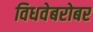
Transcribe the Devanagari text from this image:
विधवेबरोबर